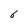
Character: 6